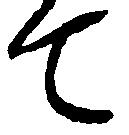
て